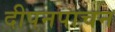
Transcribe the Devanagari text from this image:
दीपनपाचन